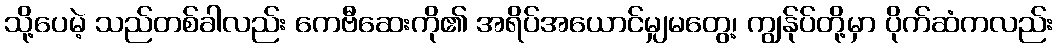
သို့ပေမဲ့ သည်တစ်ခါလည်း ကေဗီဆေးကို၏ အရိပ်အယောင်မျှမတွေ့၊ ကျွန်ုပ်တို့မှာ ပိုက်ဆံကလည်း